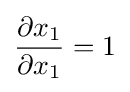
{\frac {\partial x_{1}}{\partial x_{1}}}=1